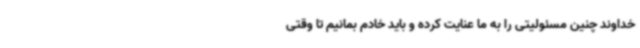
خداوند چنین مسئولیتی را به ما عنایت کرده و باید خادم بمانیم تا وقتی